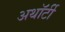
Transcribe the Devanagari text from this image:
अथॉर्टी